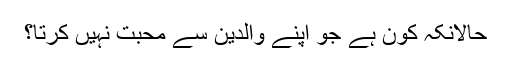
حالانکہ کون ہے جو اپنے والدین سے محبت نہیں کرتا؟